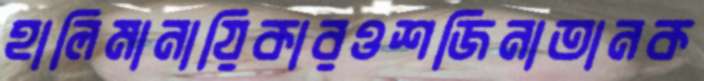
হালিমানায়িকারওশজিনাতানক